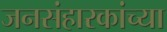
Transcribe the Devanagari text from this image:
जनसंहारकांच्या